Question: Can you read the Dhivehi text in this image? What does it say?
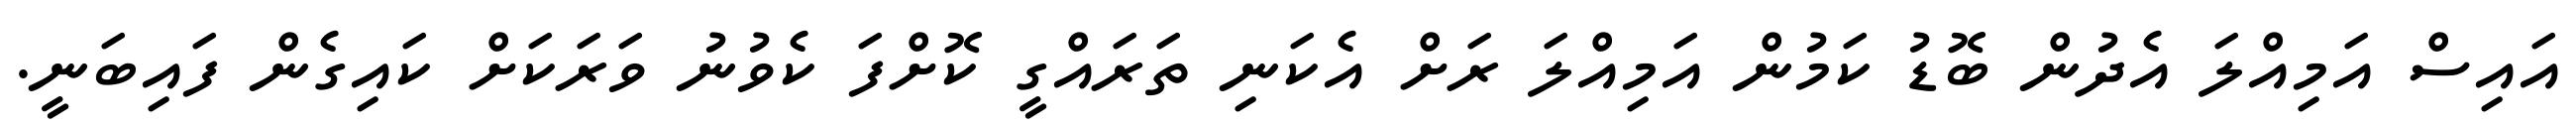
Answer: އައިސް އަމިއްލަ އެދުން ބޮޑު ކަމުން އަމިއްލަ ރަށް އެކަނި ތަރައްގީ ކޮށްފަ ކެވުނު ވަރަކަށް ކައިގެން ފައިބަނީ.